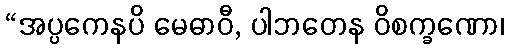
“အပ္ပကေနပိ မေဓာဝီ, ပါဘတေန ဝိစက္ခဏော၊